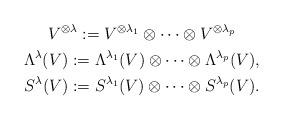
LaTeX: \begin{gather*}V^{\otimes\lambda}:=V^{\otimes\lambda_1}\otimes\cdots\otimes V^{\otimes\lambda_p}\\\Lambda^{\lambda}(V):=\Lambda^{\lambda_1}(V)\otimes\cdots\otimes\Lambda^{\lambda_p}(V),\\ S^{\lambda}(V):=S^{\lambda_1}(V)\otimes\cdots\otimes S^{\lambda_p}(V).\end{gather*}